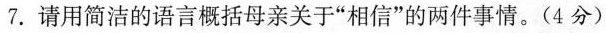
7.请用简洁的语言括母亲关于“相信”的两件事情。(4分)